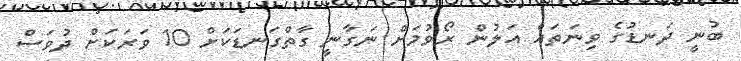
ބުނީ ދަނޑުގެ ވިނަތައް އަލުން ރޯވުމަށް ނަގާނީ ގާތްގަނޑަކަށް 10 ވަރަކަށް ދުވަސް